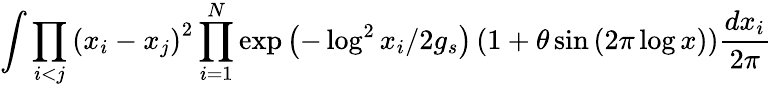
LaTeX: \int\prod_{i<j}\left(x_{i}-x_{j}\right)^{2}\prod_{i=1}^{N}\exp\left(-\log^{2}x_{i}/2g_{s}\right)\left(1+\theta\sin\left(2\pi\log x\right)\right)\frac{dx_{i}}{2\pi}